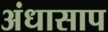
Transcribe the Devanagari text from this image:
अंधासाप